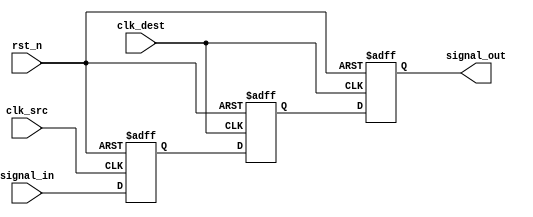
module signal_level_crossing_synchronizer #(
    parameter STAGES = 2  // Configurable number of synchronizer stages (2 or 3)
) (
    input wire clk_src,       // Source clock
    input wire clk_dest,      // Destination clock
    input wire rst_n,         // Asynchronous active-low reset
    input wire signal_in,     // Incoming signal from source clock domain
    output reg signal_out      // Synchronized output signal in destination clock domain
);

    // Intermediate registers for synchronization stages
    reg [STAGES-1:0] sync_reg;

    // Input flip-flop to capture signal in source clock domain
    always @(posedge clk_src or negedge rst_n) begin
        if (!rst_n) begin
            sync_reg[0] <= 1'b0; // Reset to known state
        end else begin
            sync_reg[0] <= signal_in; // Capture incoming signal
        end
    end

    // Intermediate flip-flops for synchronization
    genvar i;
    generate
        for (i = 1; i < STAGES; i = i + 1) begin: sync_stage
            always @(posedge clk_dest or negedge rst_n) begin
                if (!rst_n) begin
                    sync_reg[i] <= 1'b0; // Reset to known state
                end else begin
                    sync_reg[i] <= sync_reg[i-1]; // Pass through previous stage
                end
            end
        end
    endgenerate

    // Output flip-flop for final synchronized output
    always @(posedge clk_dest or negedge rst_n) begin
        if (!rst_n) begin
            signal_out <= 1'b0; // Reset to known state
        end else begin
            signal_out <= sync_reg[STAGES-1]; // Output the last stage
        end
    end

endmodule